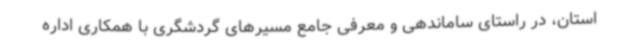
استان، در راستای ساماندهی و معرفی جامع مسیرهای گردشگری با همکاری اداره